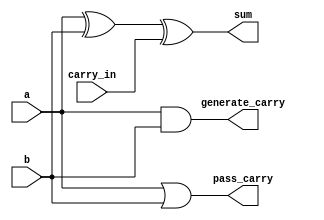
module adder_with_gp_1(sum, generate_carry, pass_carry, a, b, carry_in);
   input a, b, carry_in;
   output sum, generate_carry, pass_carry;

   assign sum = a ^ b ^ carry_in;
   assign generate_carry = a & b;
   assign pass_carry = a | b;
endmodule // adder_with_gp_1

module connector_gp_carry(g_carry_out, p_carry_out, carry_middle,  g_carry_in, p_carry_in, carry_in);
   input [1:0] g_carry_in, p_carry_in; // g_, generate_; p_, pass_.
   input       carry_in;
   output      g_carry_out, p_carry_out;
   output      carry_middle;

   assign g_carry_out = g_carry_in[1] | g_carry_in[0] & p_carry_in[1];
   assign p_carry_out = p_carry_in[1] & p_carry_in[0]; // double the span of passing carry
   assign carry_middle = g_carry_in[0] | p_carry_in[0] & carry_in;
   
endmodule // connector_gp_carry

module adder_with_gp_2(sum, generate_carry, pass_carry, a, b, carry_in);
   input [1:0] a, b;
   input carry_in;
   output [1:0] sum;
   output generate_carry, pass_carry;

   wire [1:0] g_carry_middle, p_carry_middle;
   wire       carry_middle;
   
   adder_with_gp_1 agp1_0(sum[0], g_carry_middle[0], p_carry_middle[0], a[0], b[0], carry_in);
   adder_with_gp_1 agp1_1(sum[1], g_carry_middle[1], p_carry_middle[1], a[1], b[1], carry_middle);
   connector_gp_carry connector1(generate_carry, pass_carry, carry_middle,  g_carry_middle, p_carry_middle, carry_in);
endmodule // adder_with_gp_2

module adder_with_gp_4(sum, generate_carry, pass_carry, a, b, carry_in);
   input [3:0] a, b;
   input carry_in;
   output [3:0] sum;
   output generate_carry, pass_carry;

   wire [1:0] g_carry_middle, p_carry_middle;
   wire       carry_middle;
   
   adder_with_gp_2 agp2_0(sum[1:0], g_carry_middle[0], p_carry_middle[0], a[1:0], b[1:0], carry_in);
   adder_with_gp_2 agp2_1(sum[3:2], g_carry_middle[1], p_carry_middle[1], a[3:2], b[3:2], carry_middle);
   connector_gp_carry connector1(generate_carry, pass_carry, carry_middle,  g_carry_middle, p_carry_middle, carry_in);
endmodule // adder_with_gp_4

module adder_with_gp_8(sum, generate_carry, pass_carry, a, b, carry_in);
   input [7:0] a, b;
   input carry_in;
   output [7:0] sum;
   output generate_carry, pass_carry;

   wire [1:0] g_carry_middle, p_carry_middle;
   wire       carry_middle;
   
   adder_with_gp_4 agp4_0(sum[3:0], g_carry_middle[0], p_carry_middle[0], a[3:0], b[3:0], carry_in);
   adder_with_gp_4 agp4_1(sum[7:4], g_carry_middle[1], p_carry_middle[1], a[7:4], b[7:4], carry_middle);
   connector_gp_carry connector1(generate_carry, pass_carry, carry_middle,  g_carry_middle, p_carry_middle, carry_in);
endmodule // adder_with_gp_8

module adder_with_gp_16(sum, generate_carry, pass_carry, a, b, carry_in);
   input [15:0] a, b;
   input carry_in;
   output [15:0] sum;
   output generate_carry, pass_carry;

   wire [1:0] g_carry_middle, p_carry_middle;
   wire       carry_middle;
   
   adder_with_gp_8 agp8_0(sum[7:0], g_carry_middle[0], p_carry_middle[0], a[7:0], b[7:0], carry_in);
   adder_with_gp_8 agp8_1(sum[15:8], g_carry_middle[1], p_carry_middle[1], a[15:8], b[15:8], carry_middle);
   connector_gp_carry connector1(generate_carry, pass_carry, carry_middle,  g_carry_middle, p_carry_middle, carry_in);
endmodule // adder_with_gp_16

module adder_with_gp_32(sum, generate_carry, pass_carry, a, b, carry_in);
   input [31:0] a, b;
   input carry_in;
   output [31:0] sum;
   output generate_carry, pass_carry;

   wire [1:0] g_carry_middle, p_carry_middle;
   wire       carry_middle;
   
   adder_with_gp_16 agp16_0(sum[15:0], g_carry_middle[0], p_carry_middle[0], a[15:0], b[15:0], carry_in);
   adder_with_gp_16 agp16_1(sum[31:16], g_carry_middle[1], p_carry_middle[1], a[31:16], b[31:16], carry_middle);
   connector_gp_carry connector1(generate_carry, pass_carry, carry_middle,  g_carry_middle, p_carry_middle, carry_in);
endmodule // adder_with_gp_32

module fulladder_with_tree_carry_32(sum, carry_out, a, b, carry_in);
   input [31:0] a, b;
   input carry_in;
   output [31:0] sum;
   output 	 carry_out;

   wire generate_carry, pass_carry;

   adder_with_gp_32 agp32_0(sum, generate_carry, pass_carry, a, b, carry_in);
   assign carry_out = generate_carry | pass_carry & carry_in;
   
endmodule // fulladder_with_tree_carry_32